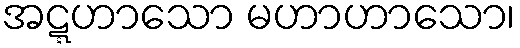
အဋ္ဋဟာသော မဟာဟာသော၊